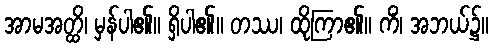
အာမအတ္ထိ၊ မှန်ပါ၏။ ရှိပါ၏။ တဿ၊ ထိုကြာ၏။ ကိံ၊ အဘယ်၌။